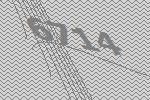
6714